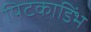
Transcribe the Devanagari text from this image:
पिटकाडिंभ